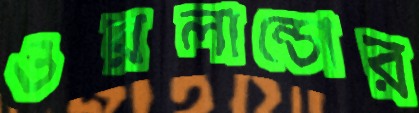
ওরলান্ডোর